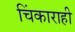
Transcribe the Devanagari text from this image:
चिंकाराही